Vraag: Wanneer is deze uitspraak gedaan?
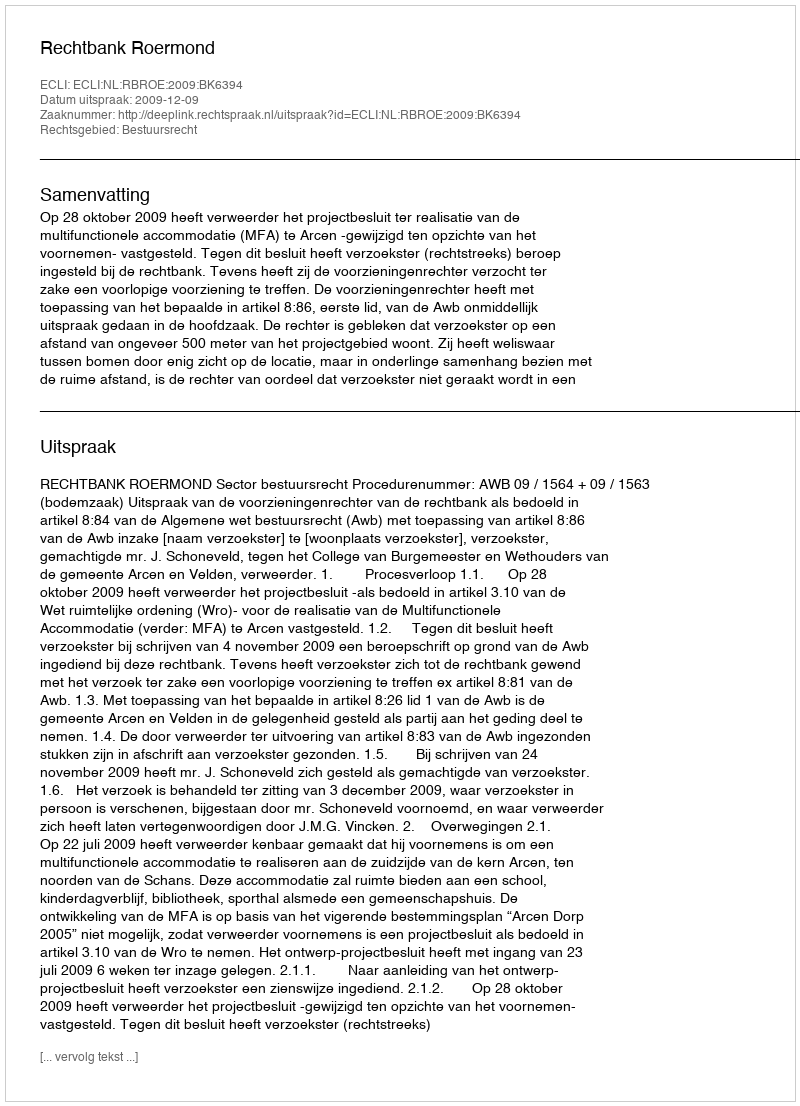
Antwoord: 2009-12-09